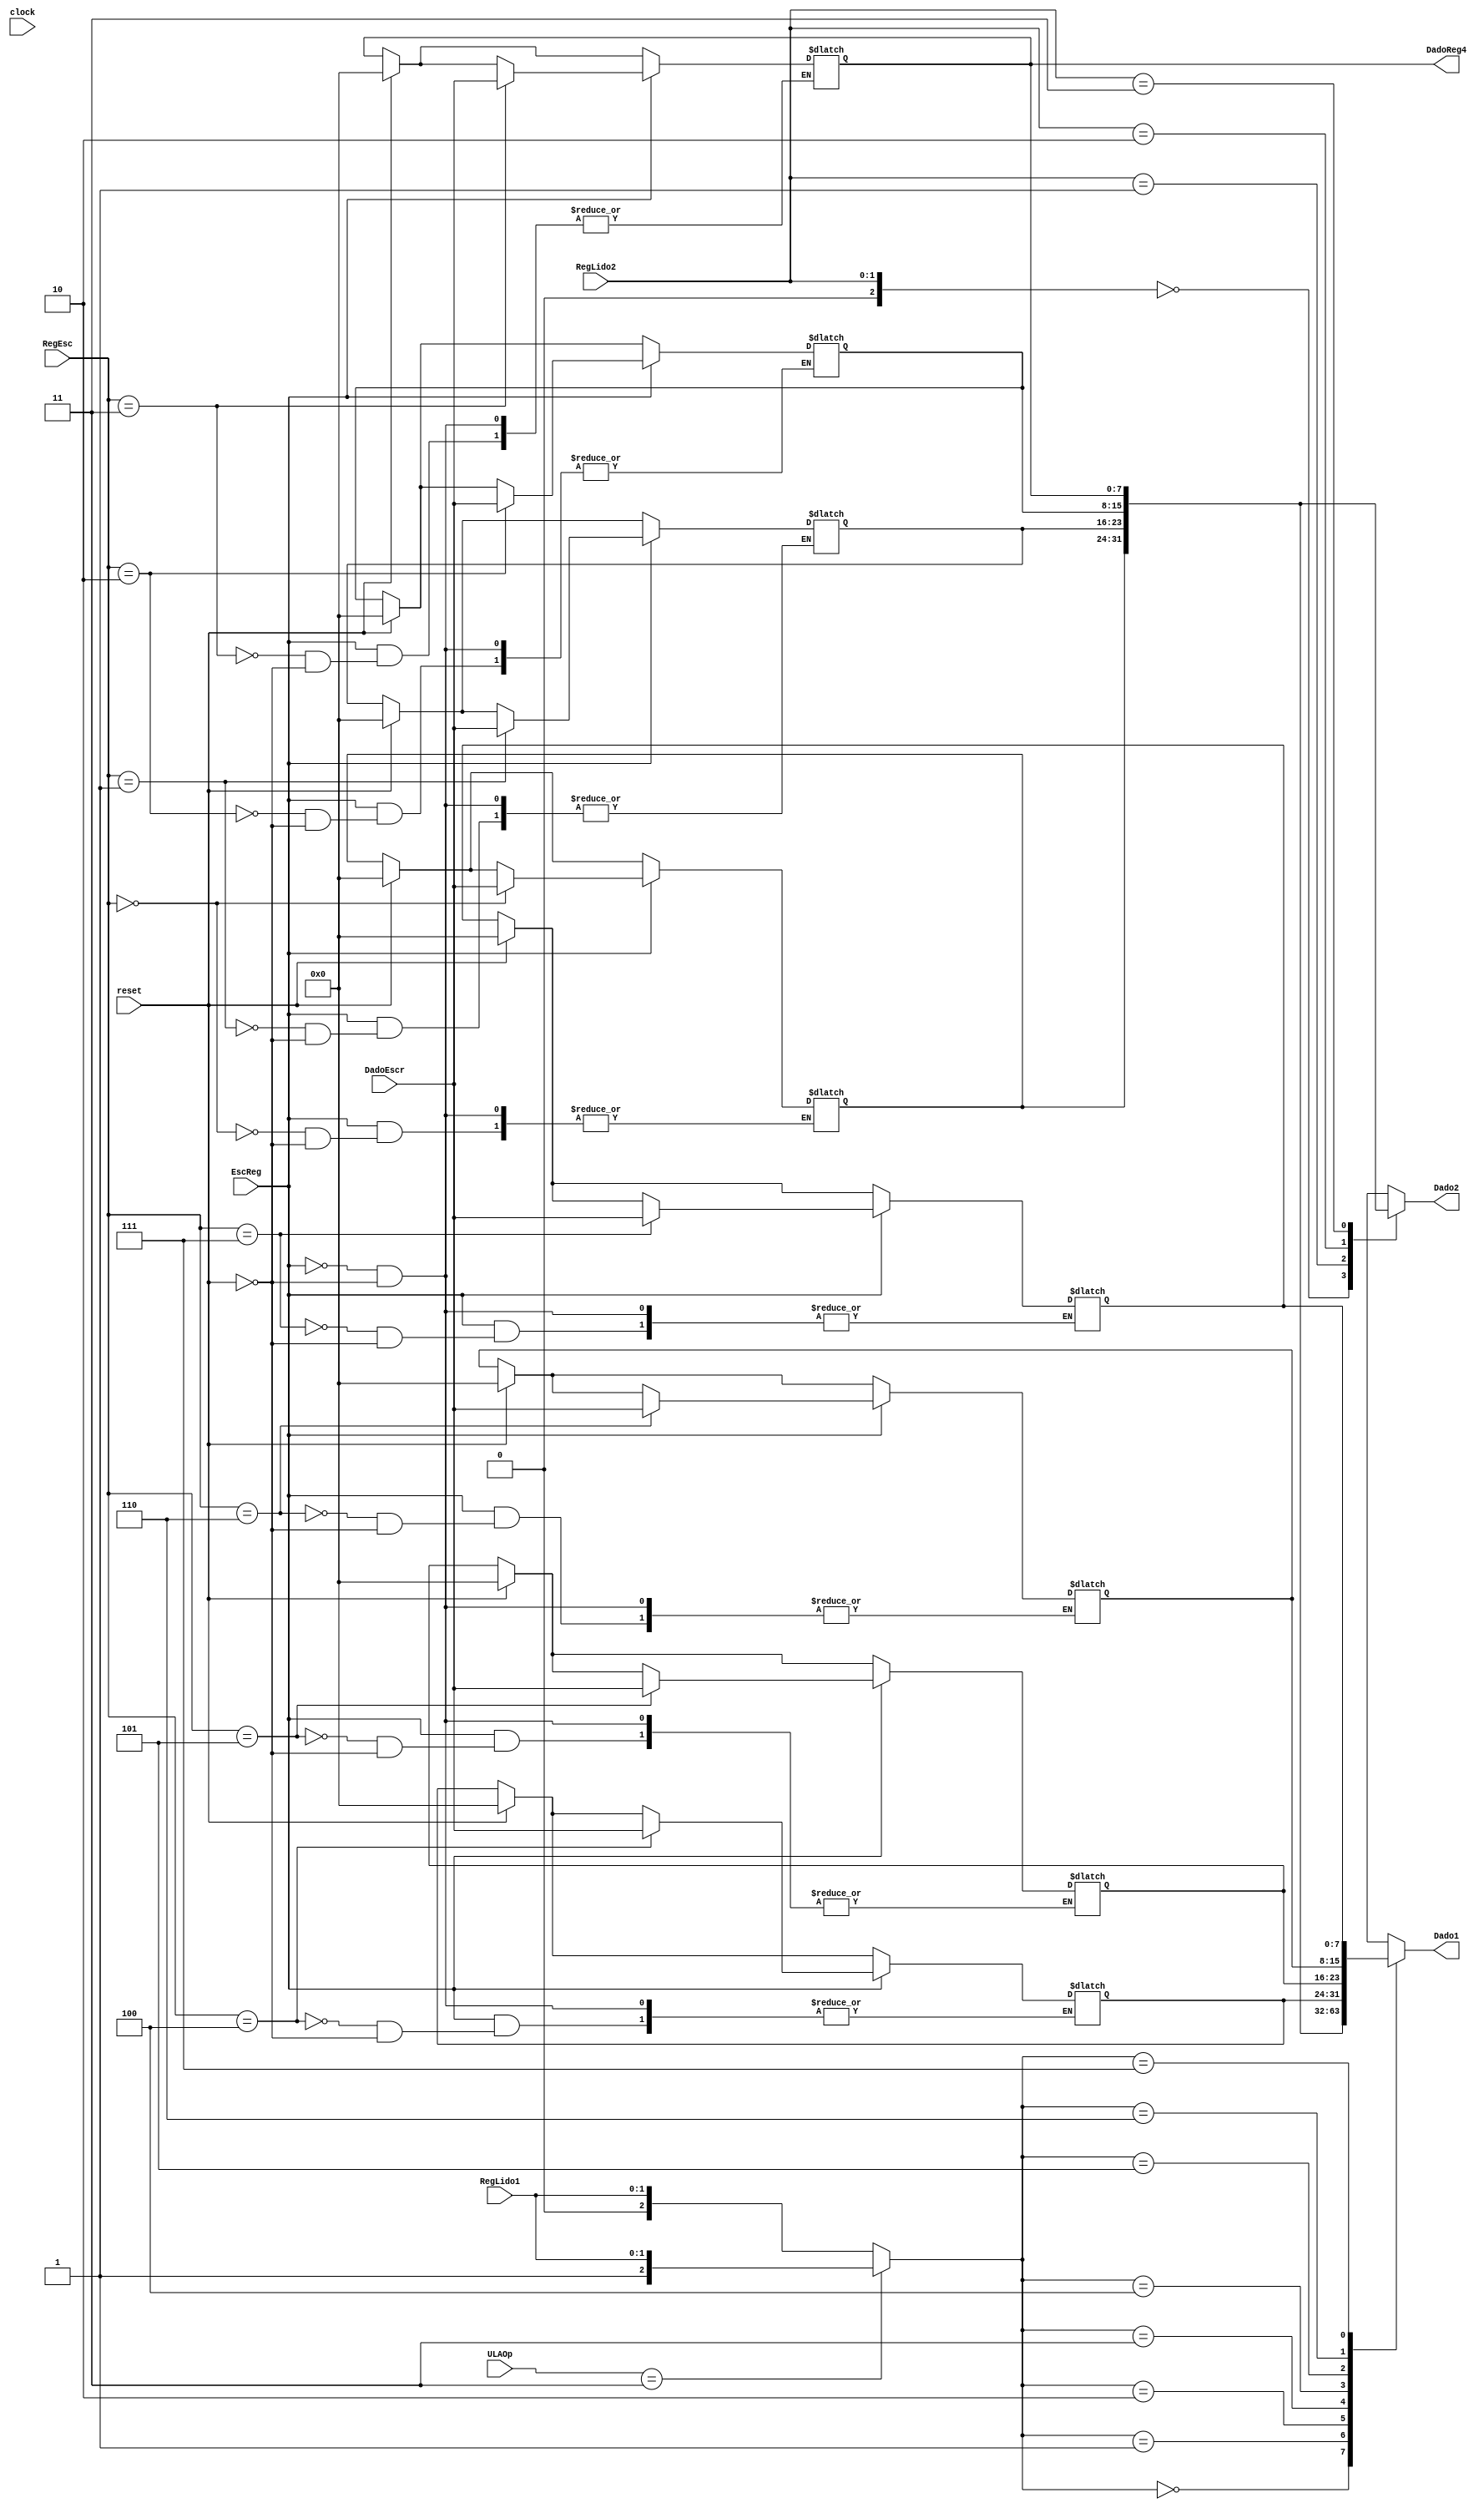
module Registradores (RegLido1,RegLido2,DadoEscr, ULAOp, RegEsc,EscReg,
Dado1,Dado2, DadoReg4, clock, reset);
    input wire [1:0] RegLido1; // Le o reg 1
	 reg [2:0] RegLido;
    input [1:0] RegLido2; // Le o reg 2
	 input [2:0] RegEsc; // Reg que vai ser escrito
	 input [2:0] ULAOp;
    input [7:0] DadoEscr; // Dado que vai ser escrito no RegEsc
	 // olhar com minhna princesa
    input EscReg, clock, reset; // Sinal de controle e clock
    output [7:0] Dado1, Dado2, DadoReg4; // Dados de saida
    reg [7:0] Registrador [7:0];  // Banco de 8 registradores com 8 bits
	 initial begin
		Registrador[3'b000] = 8'b00000000;
		Registrador[3'b001] = 8'b00000000;
		Registrador[3'b010] = 8'b00000000;
		Registrador[3'b011] = 8'b00000000;
		Registrador[3'b100] = 8'b00000000;
		Registrador[3'b101] = 8'b00000000;
		Registrador[3'b110] = 8'b00000000;
		Registrador[3'b111] = 8'b00000000;
	 end
    always @(*) begin
			if(reset) begin
				Registrador[3'b000] = 8'b00000000;
				Registrador[3'b001] = 8'b00000000;
				Registrador[3'b010] = 8'b00000000;
				Registrador[3'b011] = 8'b00000000;
				Registrador[3'b100] = 8'b00000000;
				Registrador[3'b101] = 8'b00000000;
				Registrador[3'b110] = 8'b00000000;
				Registrador[3'b111] = 8'b00000000;
			end
			if(ULAOp == 3'b011) begin
				RegLido = {1'b1, RegLido1};
			end
			else begin
				RegLido = RegLido1;
			end
	 // Se o EscReg for 1, escreve O VALOR DadoEscr no RegEsc 
        if (EscReg) begin
				Registrador[RegEsc] <= DadoEscr; 
		  end
    end
	 assign Dado1 = Registrador[RegLido]; // Dado 1 recebe o valor do RegLido1
    assign Dado2 = Registrador[RegLido2]; // Dado 2 recebe o valor do RegLido2
	 assign DadoReg4 = Registrador[3'b011];
endmodule